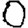
Digit: 0